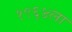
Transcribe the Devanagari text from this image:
१९६४ला